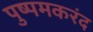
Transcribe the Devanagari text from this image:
पुष्पमकरंद